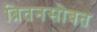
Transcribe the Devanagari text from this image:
ब्रितनसोबत